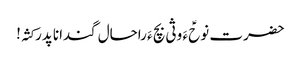
حضرت نوحؑ ءَ وثی بچ ءَ راحال گندانا پدر کثہ!